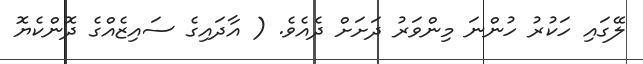
ލޭގައި ހަކުރު ހުންނަ މިންވަރު ދަށަށް ދެއެވެ. ( އާދައިގެ ސައިޒެއްގެ ދޮންކެޔޮ